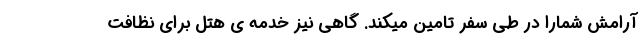
آرامش شمارا در طی سفر تامین میکند. گاهی نیز خدمه ی هتل برای نظافت